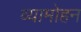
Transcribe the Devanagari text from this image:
व्यामोहन